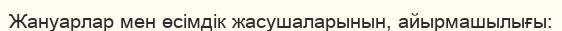
Жануарлар мен өсімдік жасушаларынын, айырмашылығы: